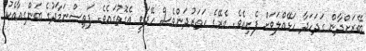
ބޭރަށްދާން ގަދަހަދާ ހަޅޭއްލަވަށް ފެށިއެވެ. އެރޭގެ ހަތަރުދަންވެސް ހޭދަވީ އެގޮތުގައެވެ. ފަތިސްނަމާދުގެ ބަންގިއާއެކު